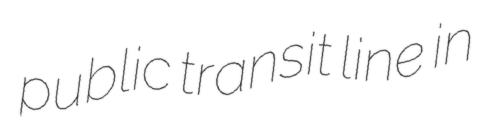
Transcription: public transit line in